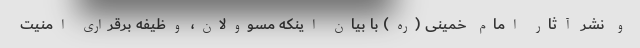
و نشر آثار امام خمینی (ره) با بیان اینکه مسوولان،‌ وظیفه برقراری امنیت